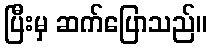
ပြီးမှ ဆက်ပြောသည်။